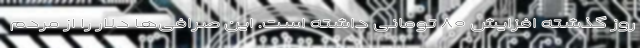
روز گذشته افزایش ۸۰ تومانی داشته است. این صرافی‌ها دلار را از مردم